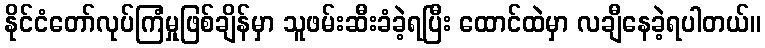
နိုင်ငံတော်လုပ်ကြံမှုဖြစ်ချိန်မှာ သူဖမ်းဆီးခံခဲ့ရပြီး ထောင်ထဲမှာ လချီနေခဲ့ရပါတယ်။